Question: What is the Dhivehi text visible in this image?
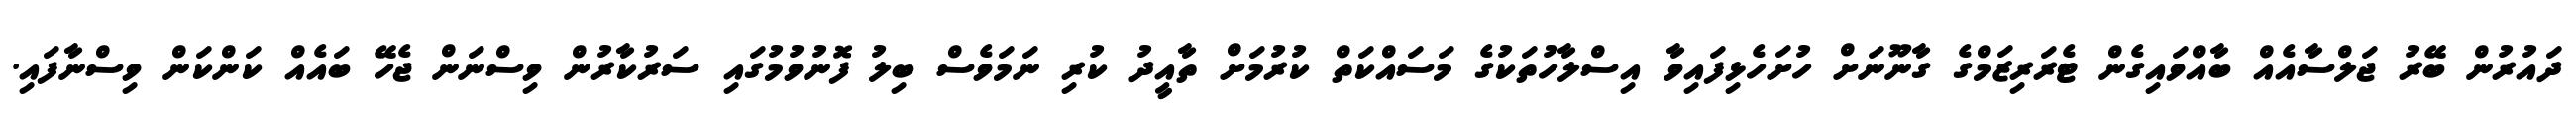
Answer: ދައުރުން ބޭރު ޖަލްސާއެއް ބާއްވައިގެން ޓެރަރިޒަމްގެ ގާނޫނަށް ހުށަހެޅިފައިވާ އިސްލާހުތަކުގެ މަސައްކަތް ކުރުމަށް ތާއީދު ކުރި ނަމަވެސް ބިލު ފޮނުވުމުގައި ސަރުކާރުން ވިސްނަން ޖެހޭ ބައެއް ކަންކަން ވިސްނާފައި.